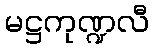
မဋ္ဌကုဏ္ဍလီ